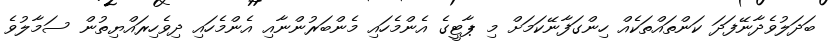
ބަދަލުވެދާނޭފަދަ ކަންތައްތަކެއް ހިންގަފާނޭކަމަށް މި ޕާޓީގެ އެންމެހައި މެންބަރުންނާއި އެންމެހައި ދިވެހިރައްޔިތުން ސަމާލުވެ